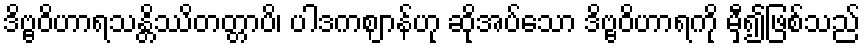
ဒိဗ္ဗဝိဟာရသန္တိဿိတတ္တာပိ၊ ပါဒကဈာန်ဟု ဆိုအပ်သော ဒိဗ္ဗဝိဟာရကို မှီ၍ဖြစ်သည်